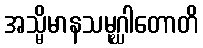
အသ္မိမာနသမုဂ္ဃါတောတိ